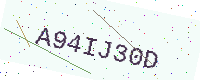
Text: A94IJ30D